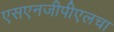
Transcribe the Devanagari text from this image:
एसएनजीपीएलचा